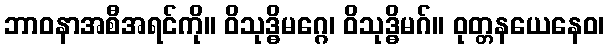
ဘာဝနာအစီအရင်ကို။ ဝိသုဒ္ဓိမဂ္ဂေ၊ ဝိသုဒ္ဓိမဂ်။ ဝုတ္တနယေနေဝ၊